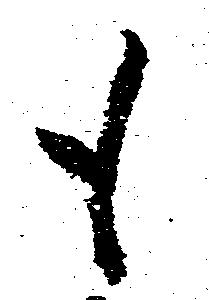
も